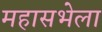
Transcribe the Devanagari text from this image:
महासभेला